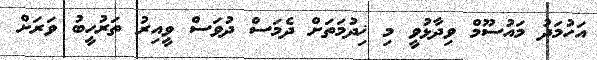
އަހުމަދު މައުސޫމް ވިދާޅުވީ މި ޚިދުމަތަށް ދެމަސް ދުވަސް ވީއިރު ތަރުހީބު ވަރަށް